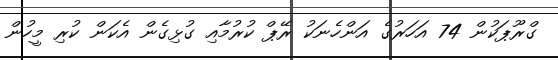
ގްރޫޕަކުން 74 އަހަރުގެ އަންހެނަކު ރޭޕް ކުރުމާއި ގުޅިގެން އެކަން ކުރި މީހުން